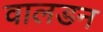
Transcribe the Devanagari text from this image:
वालडन